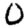
Digit: 0